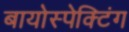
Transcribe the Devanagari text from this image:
बायोस्पेक्‍टिंग